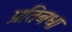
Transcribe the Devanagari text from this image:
प्रतिबधा